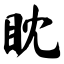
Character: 眈